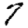
Digit: 7